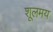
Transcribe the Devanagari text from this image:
शूलमय